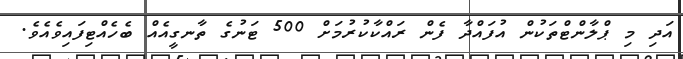
އަދި މި ޕްލާންޓްތަކުން އުފައްދާ ފެން ރައްކާކުރުމަށް 500 ޓަނުގެ ތާނގީއެއް ބެހެއްޓިފައިވެއެވެ.